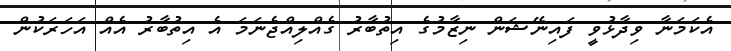
އެކަމަނާ ވިދާޅުވީ ފައިނޭޝަން ނިޒާމުގެ އިތުބާރު ގެއްލިއްޖެނަމަ އެ އިތުބާރު އެއް އަހަރަކުން